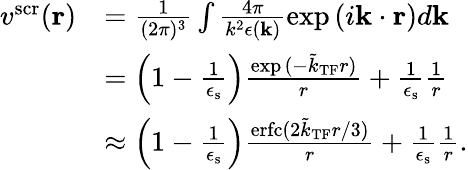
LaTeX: \begin{array}{rl}{v^{\mathrm{scr}}(\mathbf{r})}&{=\frac{1}{(2\pi)^{3}}\int\frac{4\pi}{k^{2}\epsilon(\mathbf{k})}\exp{(i\mathbf{k}\cdot\mathbf{r})}d\mathbf{k}}\\ &{=\left(1-\frac{1}{\epsilon_{\mathrm{s}}}\right)\frac{\exp{(-\tilde{k}_{\mathrm{TF}}r)}}{r}+\frac{1}{\epsilon_{\mathrm{s}}}\frac{1}{r}}\\ &{\approx\left(1-\frac{1}{\epsilon_{\mathrm{s}}}\right)\frac{\mathrm{erfc}(2\tilde{k}_{\mathrm{TF}}r/3)}{r}+\frac{1}{\epsilon_{\mathrm{s}}}\frac{1}{r}.}\end{array}